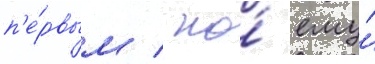
п'е́рвым / но́ ему́